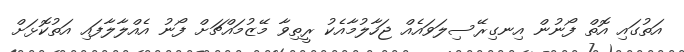
އަތުގައި އޮތް ފޯނުން އިނގިރޭސިލަވައެއް ޖަހާލުމާއެކު ރީތިވާ މޭޒުމައްޗަށް ފޯނު އެއްލާލާފައި އަތުކޮޅަށް